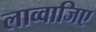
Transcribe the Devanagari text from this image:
लाव्वाजिए